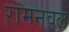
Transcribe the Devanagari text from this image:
रामनवल